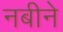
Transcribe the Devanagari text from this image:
नबीने